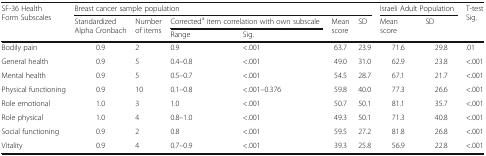
| <ROWSPAN=3> SF-36 Health Form Subscales | <COLSPAN=6> Breast cancer sample population | <COLSPAN=2> Israeli Adult Population | <ROWSPAN=3> T-test Sig. |
 | <ROWSPAN=2> Standardized Alpha Cronbach | <ROWSPAN=2> Number of items | <COLSPAN=2> Correcteda item correlation with own subscale | <ROWSPAN=2> Mean score | <ROWSPAN=2> SD | <ROWSPAN=2> Mean score | <ROWSPAN=2> SD |
 | Range | Sig. |
 | --- | --- | --- | --- | --- | --- | --- | --- | --- | --- |
 | Bodily pain | 0.9 | 2 | 0.9 | <.001 | 63.7 | 23.9 | 71.6 | 29.8 | .01 |
 | General health | 0.9 | 5 | 0.4–0.8 | <.001 | 49.0 | 31.0 | 62.9 | 23.8 | <.001 |
 | Mental health | 0.9 | 5 | 0.5–0.7 | <.001 | 54.5 | 28.7 | 67.1 | 21.7 | <.001 |
 | Physical functioning | 0.9 | 10 | 0.1–0.8 | <.001–0.376 | 59.8 | 40.0 | 77.3 | 26.6 | <.001 |
 | Role emotional | 1.0 | 3 | 1.0 | <.001 | 50.7 | 50.1 | 81.1 | 35.7 | <.001 |
 | Role physical | 1.0 | 4 | 0.8–1.0 | <.001 | 49.3 | 50.1 | 71.3 | 40.8 | <.001 |
 | Social functioning | 0.9 | 2 | 0.8 | <.001 | 59.5 | 27.2 | 81.8 | 26.8 | <.001 |
 | Vitality | 0.9 | 4 | 0.7–0.9 | <.001 | 39.3 | 25.8 | 56.9 | 22.8 | <.001 |